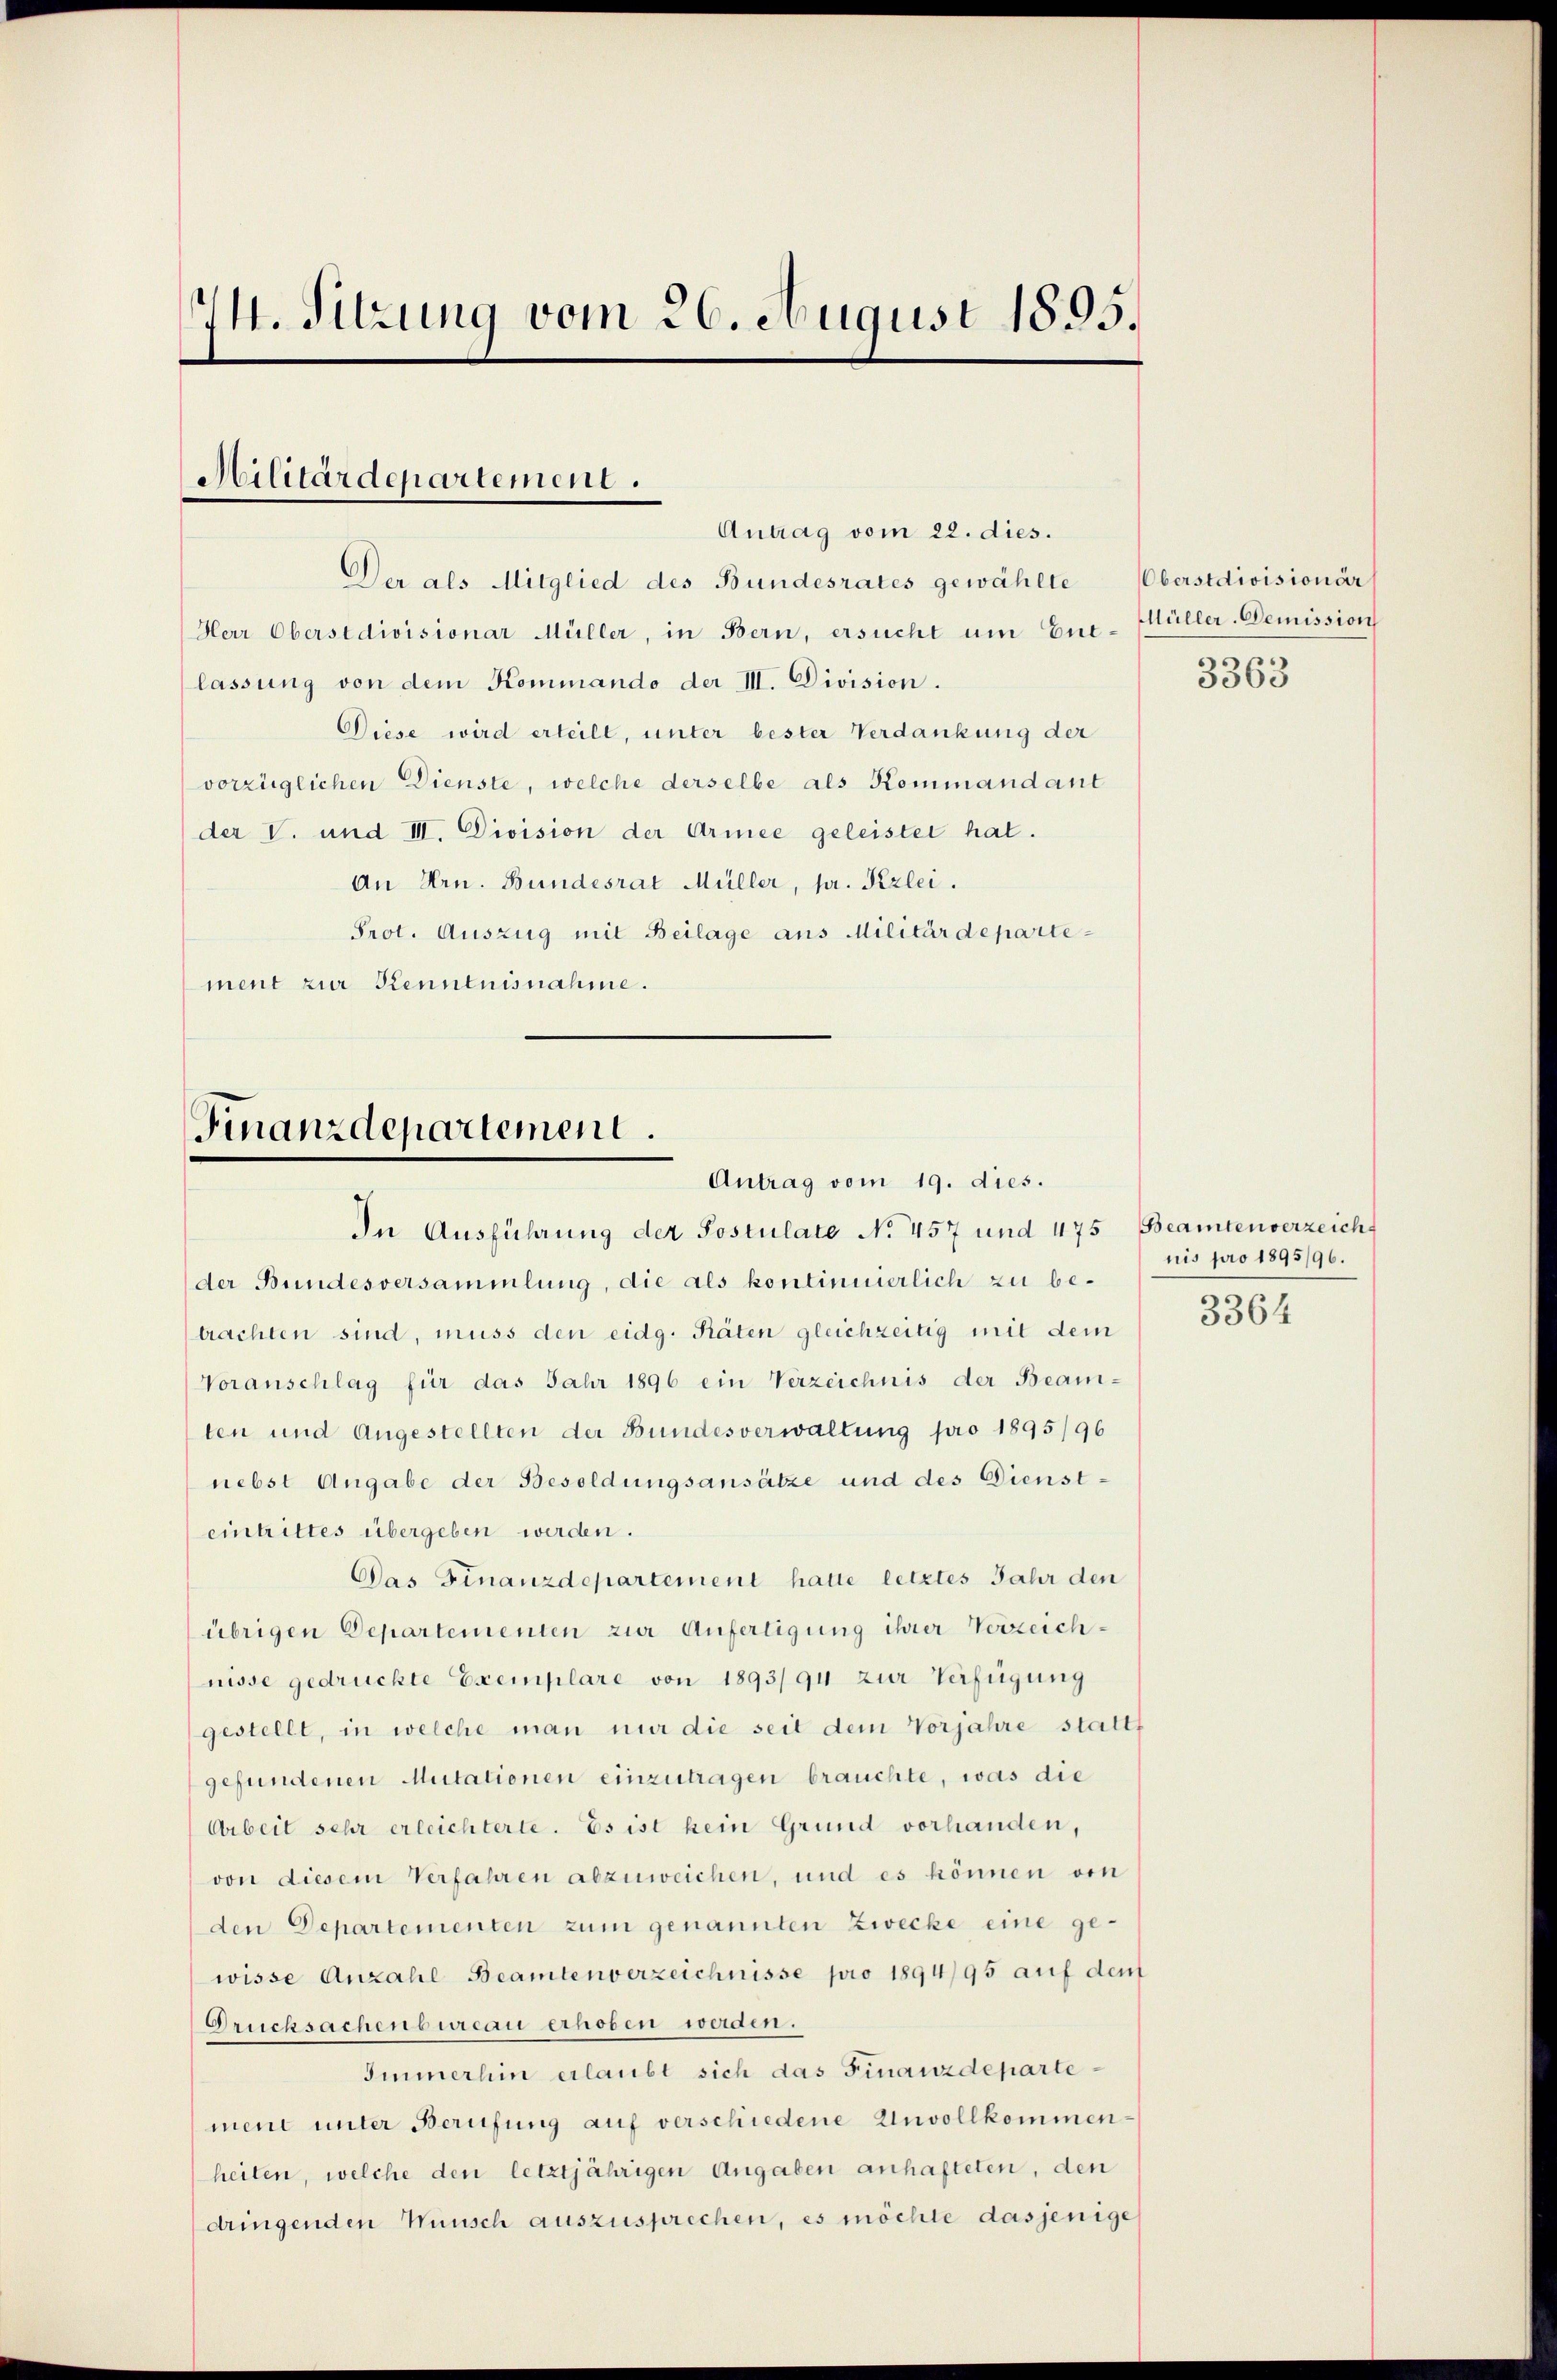
.
14. Sitzung vom 26. August 1855.

Militärdepartement.
Antrag vom 22. dies.

Der als Mitglied des Bundesrates gewählte
Herr Oberstdivisionar Müller, in Bern, ersucht um Eue-Müller-Demission
lassung von dem Kommando der III. Division.
Diese wird erteilt, unter bester Verdankung der
vorzüglichen Dienste, welche derselbe als Kommandant
der V. und III. Division der Armee geleistet hat.
An Hrn. Bundesrat Müller, pr. Perlei.
Prot. Auszug mit Beilage aus Militärdepartement zur Kenntnisnahme.

Finanzdepartement.
Antrag vom 19. dies.

In Ausführung der Postulate No. 457 und 475 Beamtenverzeicht
der Bundesversammlung, die als kontinuierlich zu betrachten sind, muss den eidg. Räten gleichzeitig mit dem
Voranschlag für das Jahr 1896 ein Verzeichnis der Beam-
ten und Angestellten der Bundesverwaltung pro 1895/96
nebst Angabe der Besoldungsansätze und des Diensteintrittes übergeben werden.
Das Finanzdepartement hatte letztes Jahr den
übrigen Departementen zur Anfertigung ihrer Verzeichnisse gedruckte Exemplare von 1893/94 zur Verfügung
gestellt, in welche man nur die seit dem Vorjahre stattf
gefundenen Mutationen einzutragen brauchte, was die
Arbeit sehr erleichterte. Es ist kein Grund vorhanden,
von diesem Verfahren abzuweichen, und es können von
den Departementen zum genannten Zwecke eine gewisse Anzahl Beamtenverzeichnisse pro 1894/95 auf den
Drucksachenbureau erhoben werden.
Immerhin erlaubt sich das Finanzdepartement unter Berufung auf verschiedene Unvollkommenheiten, welche den letztjährigen Angaben anhafteten, den
dringenden Wunsch auszusprechen, es möchte dasjenige

Oberstdivisionär
3363

nis pro 1895/96.
3364